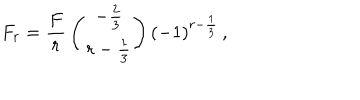
LaTeX: F _ { r } = { \frac { F } { r } } \left( { - { \frac { 2 } { 3 } } \atop r - { \frac { 1 } { 3 } } } \right) ( - 1 ) ^ { r - { \frac { 1 } { 3 } } } \, ,